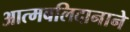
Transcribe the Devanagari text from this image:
आत्मबलिदानाने